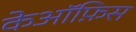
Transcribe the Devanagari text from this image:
केऑफ़िस